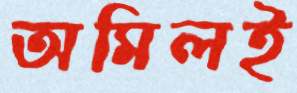
অমিলই